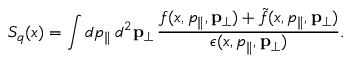
S _ { q } ( x ) = \int d p _ { \parallel } \, d ^ { 2 } { \bf p } _ { \perp } \, \frac { f ( x , p _ { \parallel } , { \bf p } _ { \perp } ) + \tilde { f } ( x , p _ { \parallel } , { \bf p } _ { \perp } ) } { \epsilon ( x , p _ { \parallel } , { \bf p } _ { \perp } ) } .